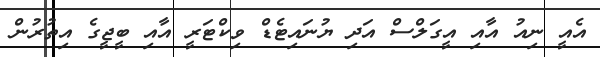
އެއީ ނިއު އާއި އީގަލްސް އަދި ޔުނައިޓެޑް ވިކްޓަރީ އާއި ބީޖީގެ އިތުރުން